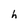
Character: h